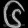
Digit: ၆